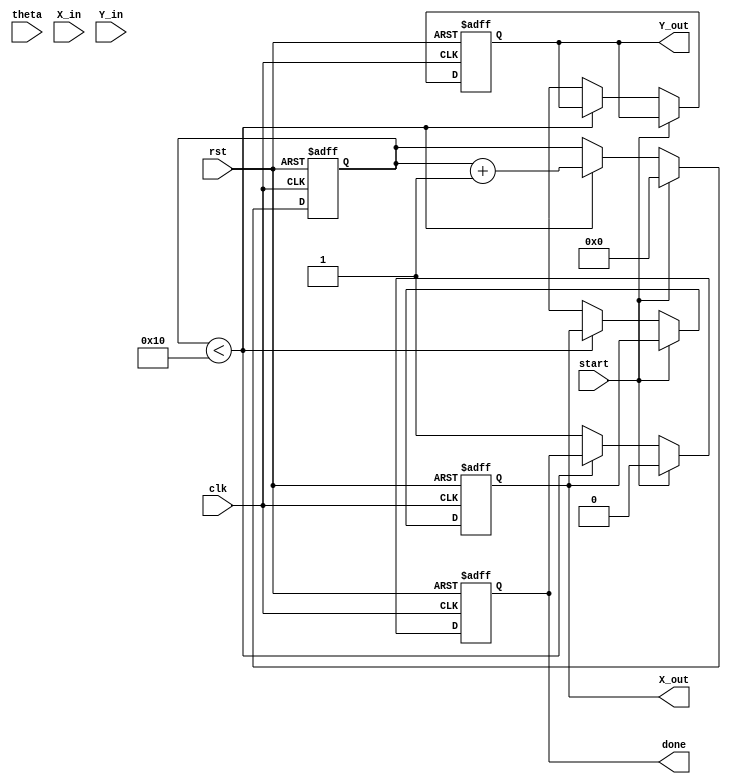
module cordic_rotational #(
    parameter WIDTH = 16,          // Width of fixed-point representation
    parameter ITERATIONS = 16      // Number of iterations for CORDIC
)(
    input wire clk,
    input wire rst,
    input wire [WIDTH-1:0] theta,  // Input angle in radians (fixed-point)
    input wire [WIDTH-1:0] X_in,    // Initial x-coordinate
    input wire [WIDTH-1:0] Y_in,    // Initial y-coordinate
    input wire start,                // Start signal for computation
    output reg [WIDTH-1:0] X_out,    // Final x-coordinate
    output reg [WIDTH-1:0] Y_out,    // Final y-coordinate
    output reg done                  // Done signal
);

    // CORDIC angle lookup table (arctan(2^-i) for i = 0 to ITERATIONS-1)
    reg [WIDTH-1:0] atan_table [0:ITERATIONS-1];
    initial begin
        // Pre-computed arctangent values (fixed-point representation)
        atan_table[0] = 16'h2000; // atan(1) = /4 in fixed-point
        atan_table[1] = 16'h1000; // atan(0.5)
        atan_table[2] = 16'h0800; // atan(0.25)
        atan_table[3] = 16'h0400; // atan(0.125)
        // ... Fill in the rest of the table as needed
        // For simplicity, only a few values are shown here
    end

    reg [WIDTH-1:0] x [0:ITERATIONS-1]; // x values for each iteration
    reg [WIDTH-1:0] y [0:ITERATIONS-1]; // y values for each iteration
    reg [WIDTH-1:0] z [0:ITERATIONS-1]; // angle values for each iteration
    reg [4:0] i; // iteration counter

    always @(posedge clk or posedge rst) begin
        if (rst) begin
            X_out <= 0;
            Y_out <= 0;
            done <= 0;
            i <= 0;
        end else if (start) begin
            // Initialize values
            x[0] <= X_in;
            y[0] <= Y_in;
            z[0] <= theta;
            i <= 0;
            done <= 0;
        end else if (i < ITERATIONS) begin
            // Perform CORDIC iteration
            if (z[i] < 0) begin
                // Rotate clockwise
                x[i+1] <= x[i] + (y[i] >>> i);
                y[i+1] <= y[i] - (x[i] >>> i);
                z[i+1] <= z[i] + atan_table[i];
            end else begin
                // Rotate counter-clockwise
                x[i+1] <= x[i] - (y[i] >>> i);
                y[i+1] <= y[i] + (x[i] >>> i);
                z[i+1] <= z[i] - atan_table[i];
            end
            i <= i + 1;
        end else begin
            // Final output after all iterations
            X_out <= x[ITERATIONS];
            Y_out <= y[ITERATIONS];
            done <= 1;
        end
    end

endmodule